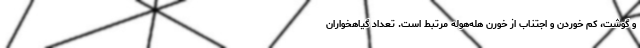
و گوشت، کم خوردن و اجتناب از خورن هله‌هوله مرتبط است. تعداد گیاهخواران